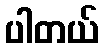
ပါတယ်